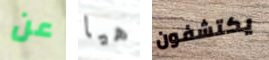
عن هيا يكتشفون